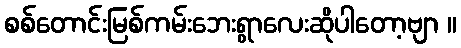
စစ်တောင်းမြစ်ကမ်းဘေးရွာလေးဆိုပါတော့ဗျာ ။